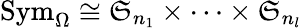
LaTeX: \mathrm{Sym}_{\Omega}\cong\mathfrak{S}_{n_{1}}\times\cdots\times\mathfrak{S}_{n_{l}}